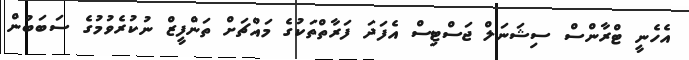
އެހެނީ ޓްރާންސް ސިޝަނަލް ޖަސްޓިސް އެފަދަ ފަރާތްތަކުގެ މައްޗަށް ތަންފީޒް ނުކުރެވުމުގެ ސަބަބުން